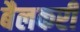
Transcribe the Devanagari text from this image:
बैलकरी